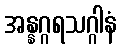
အန္နဂ္ဂရသဂ္ဂါနံ